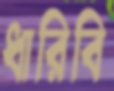
ধারিবি